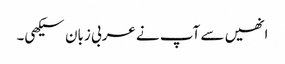
انھیں سے آپ نے عربی زبان سیکھی۔